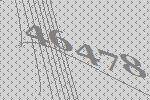
46478